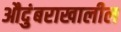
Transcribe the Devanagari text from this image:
औदुंबराखालील